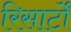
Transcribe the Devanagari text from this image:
रिसार्टों